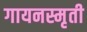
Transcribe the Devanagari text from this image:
गायनस्मृती